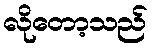
လိုတော့သည်